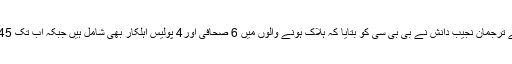
وزارت داخلہ کے ترجمان نجیب دانش نے بی بی سی کو بتایا کہ ہلاک ہونے والوں میں 6 صحافی اور4 پولیس اہلکار بھی شامل ہیں جبکہ اب تک 45 افراد زخمی ہیں۔